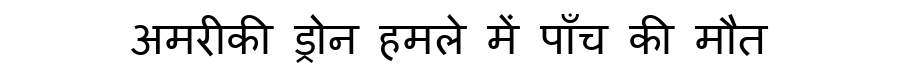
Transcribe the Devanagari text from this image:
अमरीकी ड्रोन हमले में पाँच की मौत